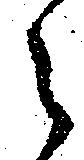
々